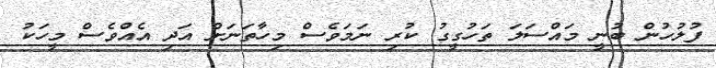
ފުލުހުން ބުނީ މައްސަލަ ތަހުގީގު ކުރި ނަމަވެސް މިހާތަނަށް އަދި އެއްވެސް މީހަކު